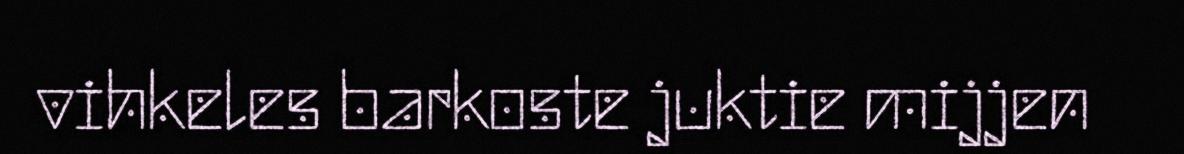
vihkeles barkoste juktie mijjen